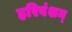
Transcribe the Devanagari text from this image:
हरिवंशम्